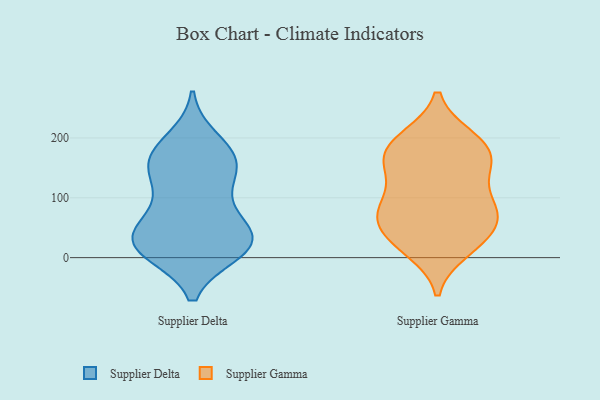
{"axis": {"x": "Net Income (USD K)", "y": "Value"}, "legend": ["Supplier Delta", "Supplier Gamma"], "data": [{"x": "", "y": 161, "type": "Supplier Delta"}, {"x": "", "y": 57, "type": "Supplier Delta"}, {"x": "", "y": 196, "type": "Supplier Delta"}, {"x": "", "y": 146, "type": "Supplier Delta"}, {"x": "", "y": 117, "type": "Supplier Delta"}, {"x": "", "y": 33, "type": "Supplier Delta"}, {"x": "", "y": 37, "type": "Supplier Delta"}, {"x": "", "y": 12, "type": "Supplier Delta"}, {"x": "", "y": 23, "type": "Supplier Delta"}, {"x": "", "y": 10, "type": "Supplier Delta"}, {"x": "", "y": 164, "type": "Supplier Delta"}, {"x": "", "y": 155, "type": "Supplier Delta"}, {"x": "", "y": 177, "type": "Supplier Delta"}, {"x": "", "y": 93, "type": "Supplier Delta"}, {"x": "", "y": 19, "type": "Supplier Delta"}, {"x": "", "y": 16, "type": "Supplier Delta"}, {"x": "", "y": 48, "type": "Supplier Delta"}, {"x": "", "y": 24, "type": "Supplier Gamma"}, {"x": "", "y": 171, "type": "Supplier Gamma"}, {"x": "", "y": 149, "type": "Supplier Gamma"}, {"x": "", "y": 163, "type": "Supplier Gamma"}, {"x": "", "y": 197, "type": "Supplier Gamma"}, {"x": "", "y": 25, "type": "Supplier Gamma"}, {"x": "", "y": 86, "type": "Supplier Gamma"}, {"x": "", "y": 84, "type": "Supplier Gamma"}, {"x": "", "y": 200, "type": "Supplier Gamma"}, {"x": "", "y": 67, "type": "Supplier Gamma"}, {"x": "", "y": 41, "type": "Supplier Gamma"}, {"x": "", "y": 193, "type": "Supplier Gamma"}, {"x": "", "y": 13, "type": "Supplier Gamma"}, {"x": "", "y": 164, "type": "Supplier Gamma"}, {"x": "", "y": 68, "type": "Supplier Gamma"}, {"x": "", "y": 94, "type": "Supplier Gamma"}, {"x": "", "y": 138, "type": "Supplier Gamma"}, {"x": "", "y": 70, "type": "Supplier Gamma"}]}